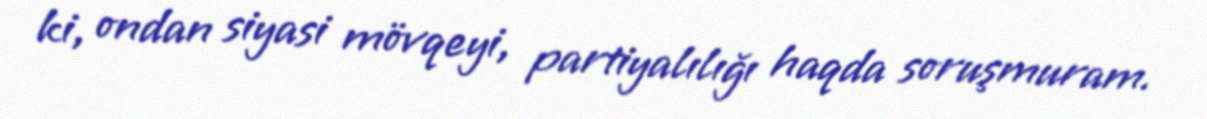
ki, ondan siyasi mövqeyi, partiyalılığı haqda soruşmuram.